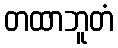
တထာဘူတံ